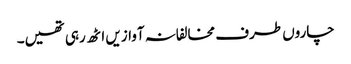
چاروں طرف مخالفانہ آوازیں اٹھ رہی تھیں۔